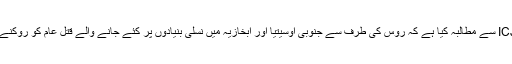
جارجیا نے بین الاقوامی عدلات برائے انصاف ICJ سے مطالبہ کیا ہے کہ روس کی طرف سے جنوبی اوسیتیا اور ابخازیہ میں نسلی بنیادوں پر کئے جانے والے قتل عام کو روکنے کے لئے ہنگامی بنیادوں پر اقدامات کئے جائیں۔